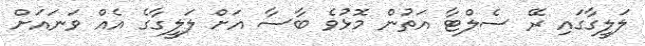
ލަލީގާގައި ރޭ ސެލްޓާ އަތުން މޮޅުވެ ބާސާ އަށް ލަލީގާގެ އެއް ވަނައަށް